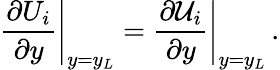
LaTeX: \left.\frac{\partial U_{i}}{\partial y}\right\rvert_{y=y_{L}}=\left.\frac{\partial\mathcal{U}_{i}}{\partial y}\right\rvert_{y=y_{L}}\, .